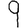
Digit: 9